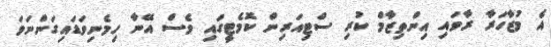
އެ މުޒާހަރާ ރާވައި އިންތިޒާމް ކުރި ސްޓިއަރިން ކޮމެޓީގައި ވެސް އޭނާ ހިމެނިވަޑައިގަންނަވަ